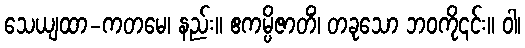
သေယျထာ-ကတမေ၊ နည်း။ ဧကမ္ပိဇာတိံ၊ တခုသော ဘဝကို၎င်း။ ဝါ၊